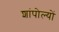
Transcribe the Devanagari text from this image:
शांपोल्यों